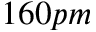
1 6 0 p m